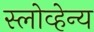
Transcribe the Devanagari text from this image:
स्लोव्हेन्य